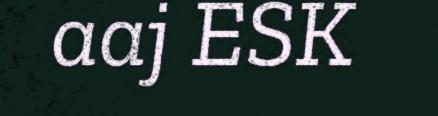
aaj ESK